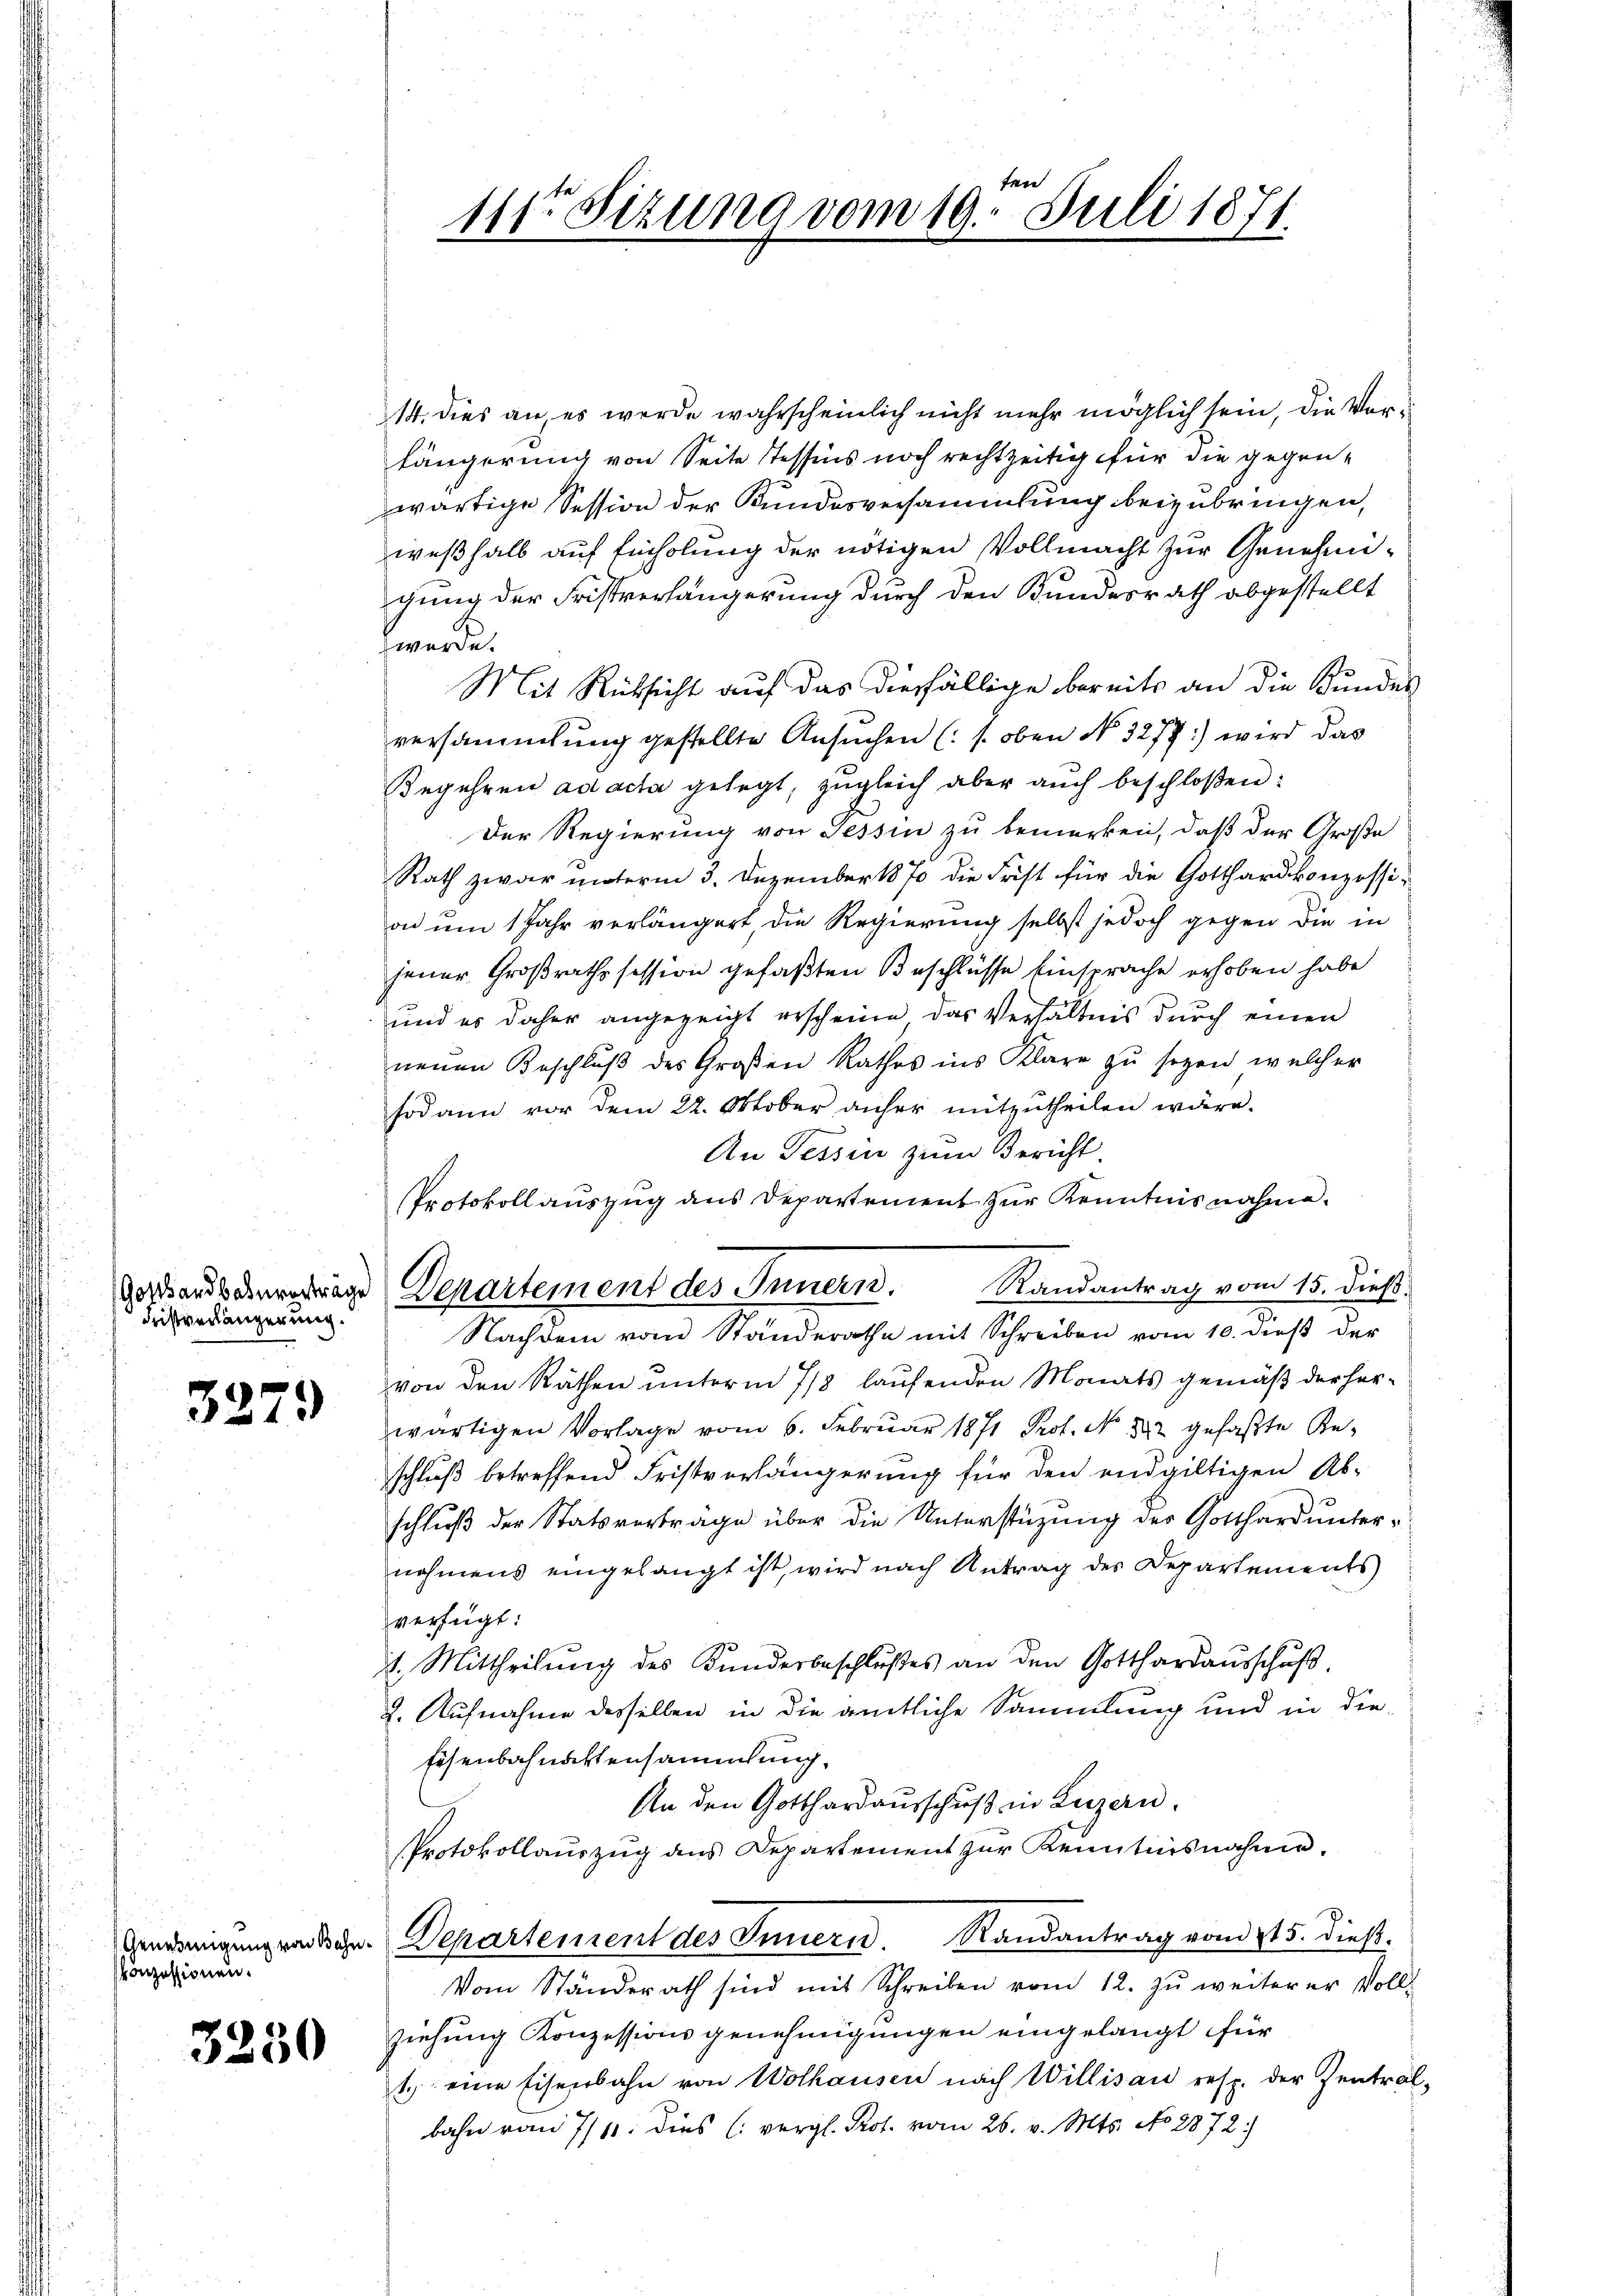
Fristverlängerung.

3279)

Genehmigung von Bahn
konzessionen.

3250

14. dies an, es werde wahrscheinlich nicht mehr möglich sein, die Vorlängerung von Seite Tessins noch rechtzeitig für die gegenwärtige Session der Kundesversammlung beizubringen,
weßhalb auf Einholung der nötigen Vollmacht zur Genehmigung der Fristverhängerung durch den Bundesrath abgestellt
werde.
Mit Rücksicht auf das diesfällige bereits an die Bundes
versammlung gestellte Ansuchen (s. oben No. 3277) wird das
Begehren ad acta gelegt, zugleich aber aŭch beschloßen:
Der Regierung von Tessin zu bemerken, daß der Große
Rath zwar unterm 3. Dezember 1870 die Frist für die Gotthardkonzession um 1 Jahr verlängert, die Regierung selbst jedoch gegen die in
jener Großrathssession gefaßten Beschlüsse Einsprache erhoben habe
und es daher angezeigt erscheine das Verhältnis durch einen
neuen Beschlŭβ des Großen Rathes ins Klare zŭ sezen, welcher
sodann vor dem 22. Oktober anher mitzutheilen wäre.
An Tessin zum Bericht.
Protokollauszug aus Departement zur Kenntnisnahme.
Nachdem vom Standerathe mit Schreiben vom 10. dieß der
von den Räthen unterm 7/8 laufenden Monats gemäß der herwärtigen Vorlage vom 6. Febrŭar 1871 Prof. No. 322 gefaßte Reschluß betreffend Fristverlängerung für den endgültigen Ab-
schluß der Statsverträge über die Unterstüzung der Gotthard unternahmens eingelangt ist, wird nach Antrag des Departements
verfügt:
4t. Mittheilung des Kunderbeschlußes an den Gotthardausschuß.
2. Aufnahme desselben in die amtliche Sammlung und in die¬
Eisenbahnaktensammlung.
An den Gotthardausschuß in Luzern.
Protokollauszug aus Departement zur Kenntnisnahme.
. Departement des Innern Randantrag vom 215. dieβ.
Vom Ständerath sind mit Schreiben vom 12. zŭ weiterer Voll-
ziehung Konzessions genehmigungen eingelangt für
1. eine Eisenbahn von Wolhausen nach Willisau resp. der Zentral-
bahn vom 7/10. dies (vergl. Prof. vom 26. v. Mts. No 2872

ten
111te Sitzung vom 19. Juli 1871.

dardbauendrige Departement des Innern. Randantrag vom 15. dieß.